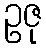
ဥဇု